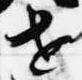
世